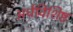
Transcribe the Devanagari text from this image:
अर्धविशिष्ट